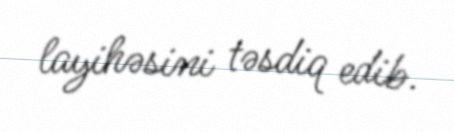
layihəsini təsdiq edib.